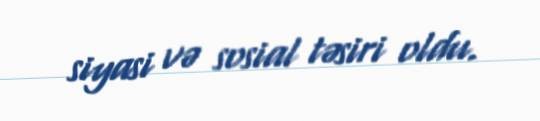
siyasi və sosial təsiri oldu.